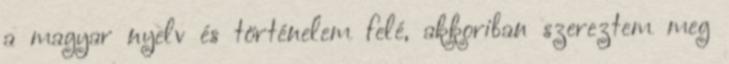
a magyar nyelv és történelem felé, akkoriban szereztem meg